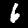
Digit: 6